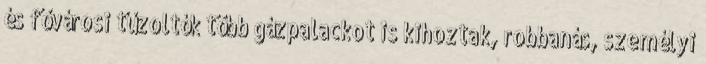
és fővárosi tűzoltók több gázpalackot is kihoztak, robbanás, személyi